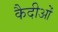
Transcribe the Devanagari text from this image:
कैदीओं